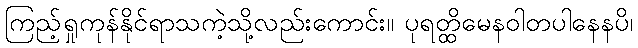
ကြည့်ရှုကုန်နိုင်ရာသကဲ့သို့လည်းကောင်း။ ပုရတ္ထိမေနဝါတပါနေနပိ၊